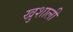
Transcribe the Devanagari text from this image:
खुशाली